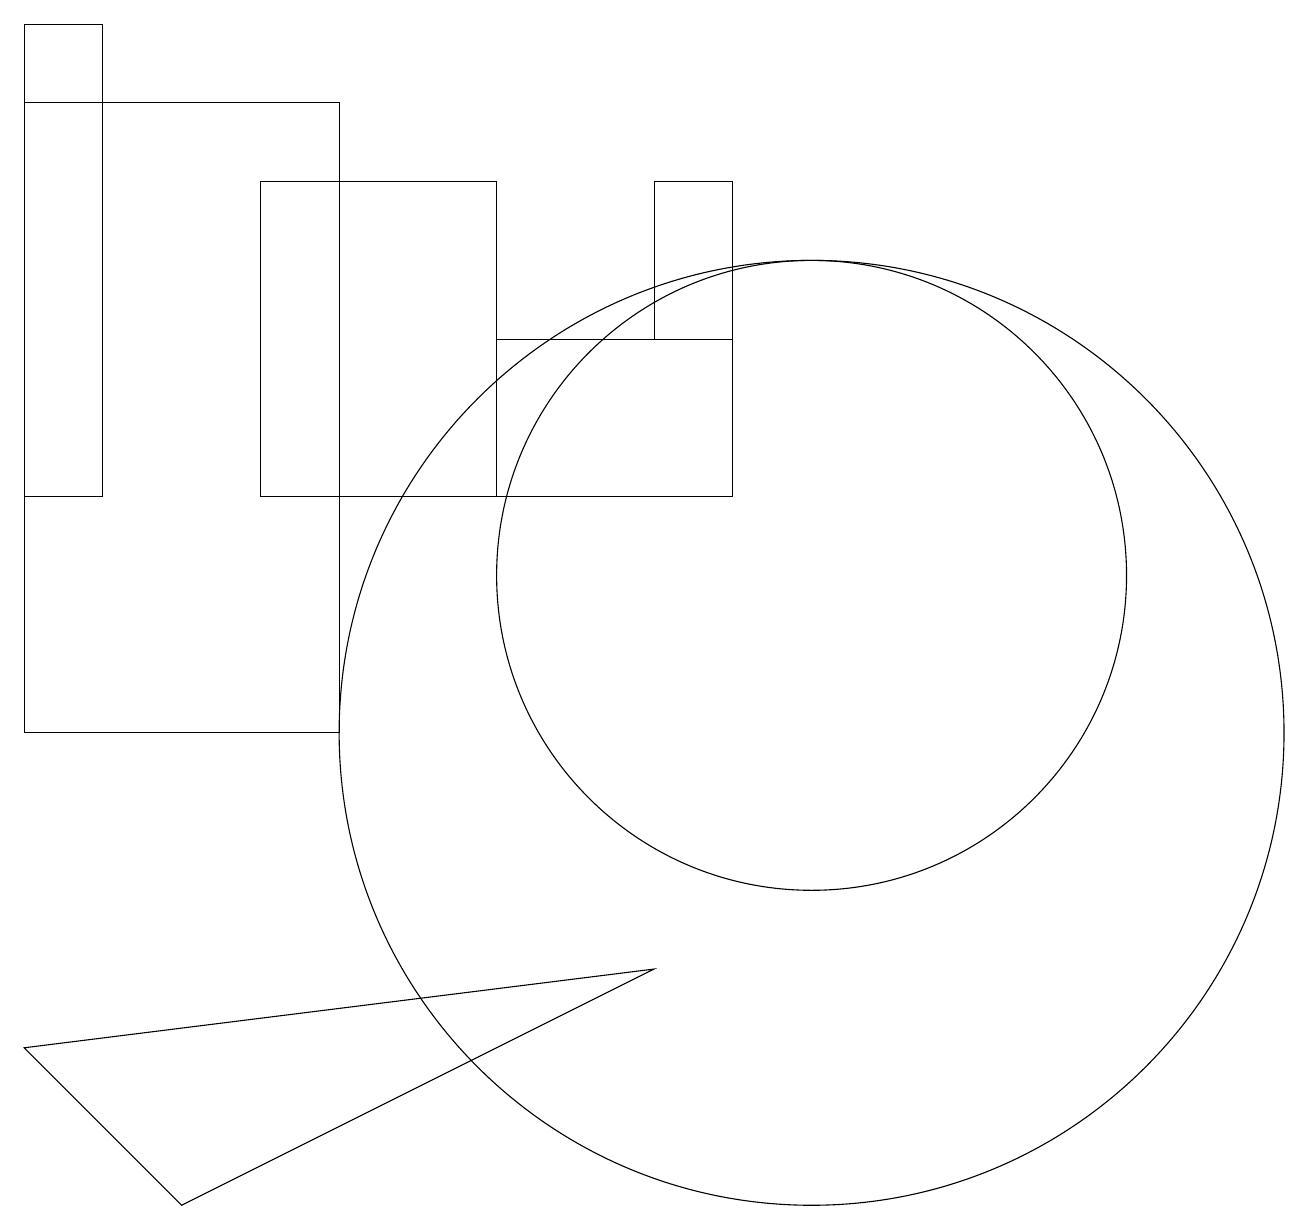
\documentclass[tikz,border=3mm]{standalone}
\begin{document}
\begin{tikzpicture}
\draw (8,17) rectangle (9,15);
\draw (10,10) circle (6);
\draw (8,7) -- (0,6) -- (2,4) -- cycle;
\draw (0,10) rectangle (4,18);
\draw (0,19) rectangle (1,13);
\draw (3,13) rectangle (6,17);
\draw (10,12) circle (4);
\draw (9,13) rectangle (6,15);
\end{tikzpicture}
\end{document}